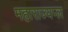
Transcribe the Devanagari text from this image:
महाराज्यप्ल